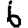
Digit: 6